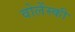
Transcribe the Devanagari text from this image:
वोलेंस्की